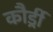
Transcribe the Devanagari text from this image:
कौर्ड्री